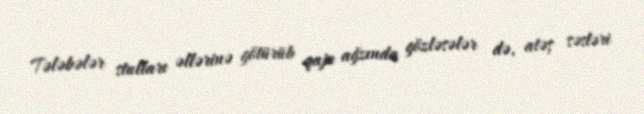
Tələbələr stulları əllərinə götürüb qapı ağzında gözləsələr də, atəş səsləri